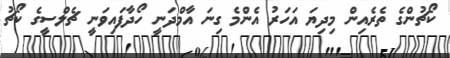
ކޯޗުންގެ ތެރެއިން މިދިޔަ އަހަރު އެންމެ ގިނަ އާމްދަނީ ހޯދާފައިވަނީ ޗެލްސީގެ ކޯޗު